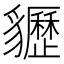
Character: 𧴠